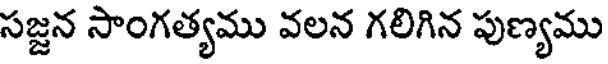
సజ్జన సాంగత్యము వలన గలిగిన పుణ్యము